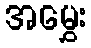
အမွှေး